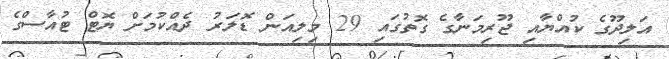
އަލިދޫގެ ކުއްޔާއި ޖޫރިމަނާގެ ގޮތުގައި 29 މިލިއަން ޑޮލަރު ދެއްކުމަށް ޔޮޓް ޓުއާސްގެ